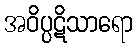
အဝိပ္ပဋိသာရော